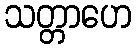
သတ္တာဟေ